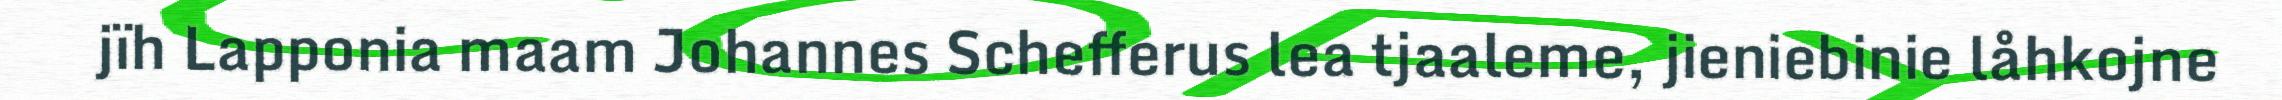
jïh Lapponia maam Johannes Schefferus lea tjaaleme, jieniebinie låhkojne